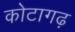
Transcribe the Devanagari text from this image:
कोटागढ़